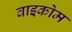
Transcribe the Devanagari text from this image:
वाइकोम